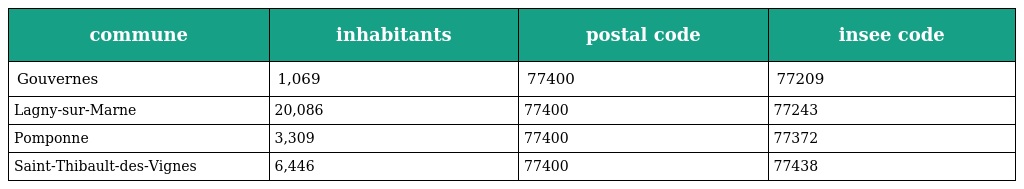
| commune | inhabitants | postal code | insee code |
 | --- | --- | --- | --- |
 | Gouvernes | 1,069 | 77400 | 77209 |
 | Lagny-sur-Marne | 20,086 | 77400 | 77243 |
 | Pomponne | 3,309 | 77400 | 77372 |
 | Saint-Thibault-des-Vignes | 6,446 | 77400 | 77438 |